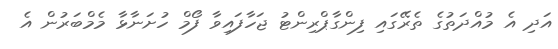
އަދި އެ މުއްދަތުގެ ތެރޭގައި ފިންގާޕްރިންޓު ޖަހާފައިވާ ފޯމް ހުށަނާޅާ މެމްބަރުން އެ